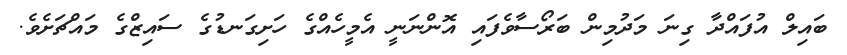
ބައިލް އުފައްދާ ގިނަ މަދުމިން ބަރޯސާވެފައި އޮންނަނީ އެމީހެއްގެ ހަށިގަނޑުގެ ސައިޒްގެ މައްޗަށެވެ.